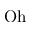
\mathrm { O h }